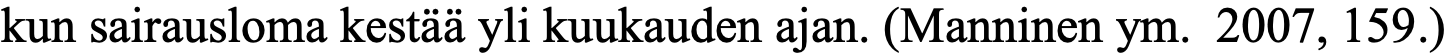
kun sairausloma kestää yli kuukauden ajan. (Manninen ym. 2007, 159.)